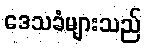
ဒေသခံများသည်